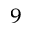
^ 9